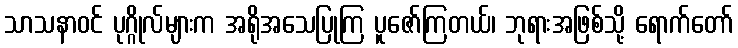
သာသနာဝင် ပုဂ္ဂိုလ်များက အရိုအသေပြုကြ ပူဇော်ကြတယ်၊ ဘုရားအဖြစ်သို့ ရောက်တော်